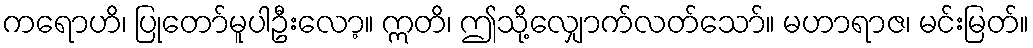
ကရောဟိ၊ ပြုတော်မူပါဦးလော့။ ဣတိ၊ ဤသို့လျှောက်လတ်သော်။ မဟာရာဇ၊ မင်းမြတ်။